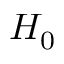
H _ { 0 }